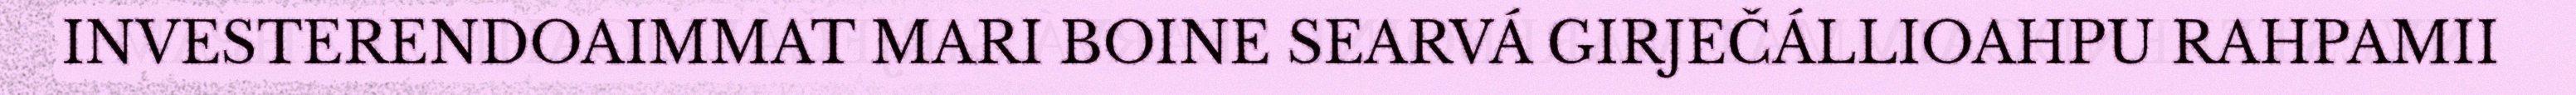
INVESTERENDOAIMMAT MARI BOINE SEARVÁ GIRJEČÁLLIOAHPU RAHPAMII